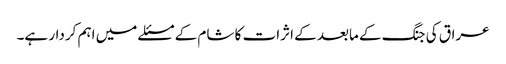
عراق کی جنگ کے مابعد کے اثرات کا شام کے مسئلے میں اہم کردار ہے۔